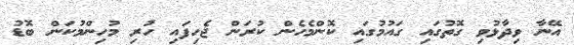
އޭނާ ވިދާޅުވި ގޮތުގައި ގައުމުގައި ކޮންމެހެން ކުރަން ޖެހިފައި ހުރި މުހިންމުކަން ބޮޑު